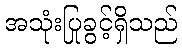
အသုံးပြုခွင့်ရှိသည်